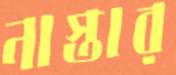
নাস্তার